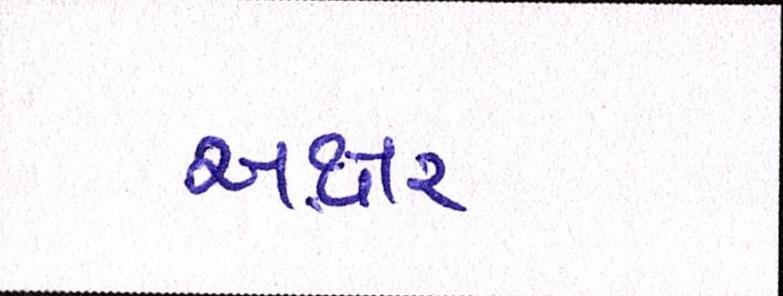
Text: અક્ષર